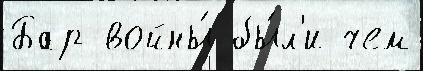
Бар войны́ бы́л'и чем